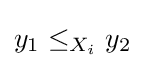
y_{1}\leq _{X_{i}}y_{2}